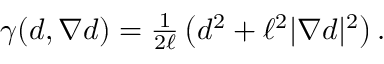
\begin{array} { r } { \gamma ( d , \nabla d ) = \frac { 1 } { 2 \ell } \left( d ^ { 2 } + \ell ^ { 2 } | \nabla d | ^ { 2 } \right) . } \end{array}